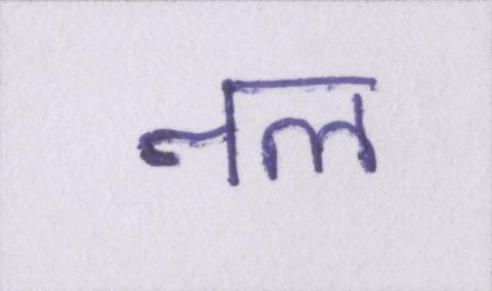
नल